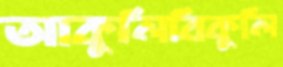
আকুলিবিকুলি